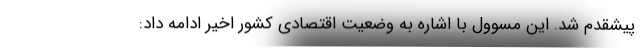
پیشقدم شد. این مسوول با اشاره به وضعیت اقتصادی کشور اخیر ادامه داد: